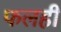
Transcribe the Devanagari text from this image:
फलही